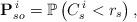
LaTeX: \begin{align*}\mathbf P_{so}^{\,i} = \mathbb P\left(C_s^{\,i} < r_s\right),\end{align*}